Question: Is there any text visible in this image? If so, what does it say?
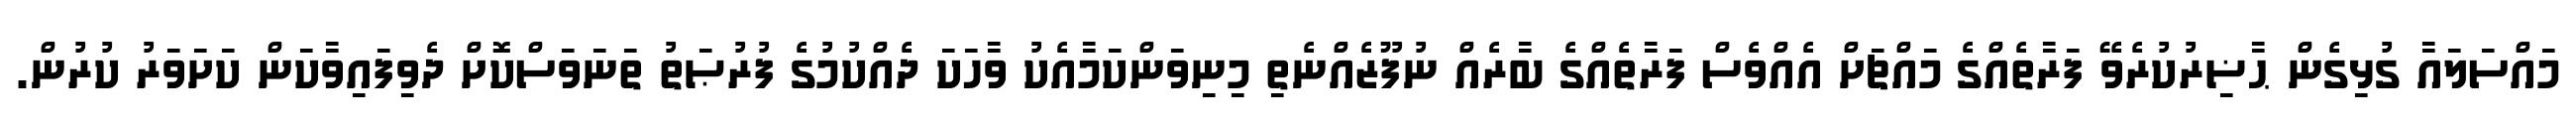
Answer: މައްސަލައާ ގުޅިގެން ޙާޟިރުކުރެވޭ ފަރާތެއްގެ މައްޗަށް އެއްވެސް ފަރާތެއްގެ ބާރެއް ނުފޫޒެއްނެތި މިނިވަންކަމާއެކު ވާހަކަ ދެއްކުމުގެ ފުރުޞަތު ތަނަވަސްކޮށް ދެވިފައިވާކަން ކަށަވަރު ކުރުން.